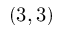
( 3 , 3 )